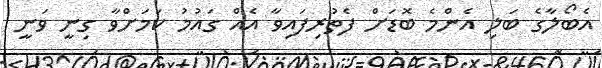
އެބޯލާގެ ބަލި އެންމެ ބޮޑަށް ފެތުރިފައިވާ އެއް ގައުމު ކަމަށްވާ ގިނީ ވަނީ